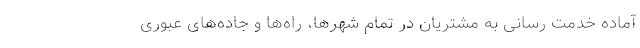
آماده خدمت رسانی به مشتریان در تمام شهرها، راه‌ها و جاده‌های عبوری